Civil Veterinary Department. Central Provinces & Berar 1932-41 - 1932-1941
Year: 1932
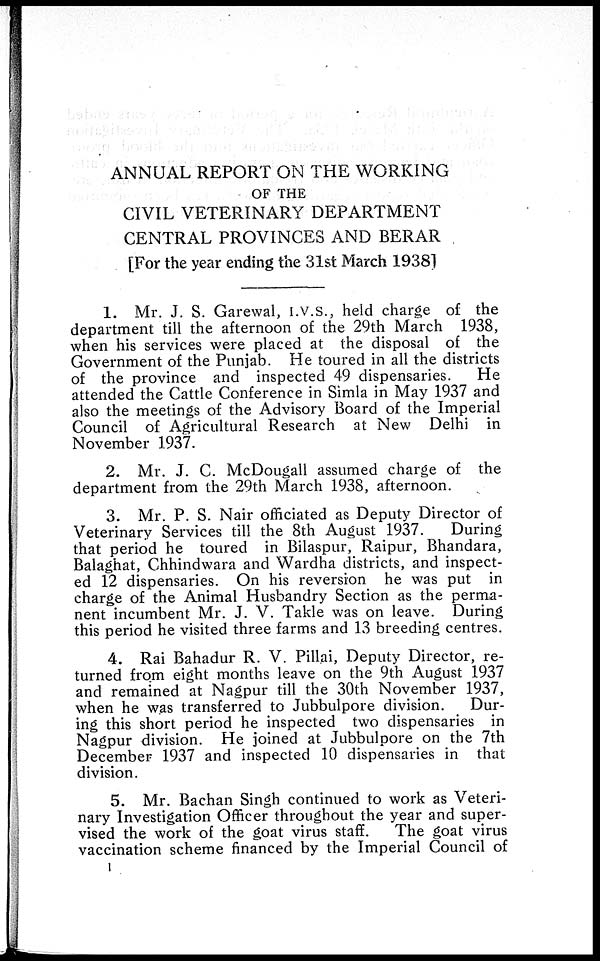
ANNUAL REPORT ON THE WORKING
OF THE
CIVIL VETERINARY DEPARTMENT
CENTRAL PROVINCES AND BERAR
[For the year ending the 31st March 1938]
1. Mr. J. S. Garewal, I.V.S., held charge of the
department till the afternoon of the 29th March 1938,
when his services were placed at the disposal of the
Government of the Punjab. He toured in all the districts
of the province and inspected 49 dispensaries.
He
attended the Cattle Conference in Simla in May 1937 and
also the meetings of the Advisory Board of the Imperial
Council of Agricultural Research at New Delhi in
November 1937.
2. Mr. J. C. McDougall assumed charge of the
department from the 29th March 1938, afternoon.
3. Mr. P. S. Nair officiated as Deputy Director of
Veterinary Services till the 8th August 1937.
During
that period he toured in Bilaspur, Raipur, Bhandara,
Balaghat, Chhindwara and Wardha districts, and inspect-
ed 12 dispensaries. On his reversion he was put in
charge of the Animal Husbandry Section as the perma-
nent incumbent Mr. J. V. Takle was on leave. During
this period he visited three farms and 13 breeding centres.
4. Rai Bahadur R. V. Pillai, Deputy Director, re-
turned from eight months leave on the 9th August 1937
and remained at Nagpur till the 30th November 1937,
when he was transferred to Jubbulpore division.
Dur-
ing this short period he inspected two dispensaries in
Nagpur division. He joined at Jubbulpore on the 7th
December 1937 and inspected 10 dispensaries in that
division.
5. Mr. Bachan Singh continued to work as Veteri-
nary Investigation Officer throughout the year and super-
vised the work of the goat virus staff.
The goat virus
vaccination scheme financed by the Imperial Council of
1